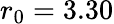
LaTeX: r_{0}=3.30